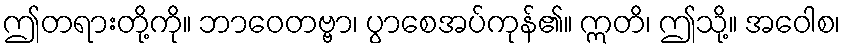
ဤတရားတို့ကို။ ဘာဝေတဗ္ဗာ၊ ပွာစေအပ်ကုန်၏။ ဣတိ၊ ဤသို့။ အဝေါစ၊